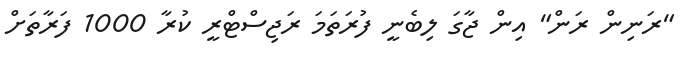
"ރަނިން ރަން" އިން ޖާގަ ލިބެނީ ފުރަތަމަ ރަޖިސްޓްރީ ކުރާ 1000 ފަރާތަށް